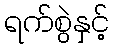
ရက်စွဲနှင့်